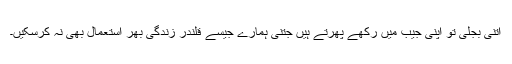
اتنی بجلی تو اپنی جیب میں رکھے پھرتے ہیں جتنی ہمارے جیسے قلندر زندگی بھر استعمال بھی نہ کرسکیں۔